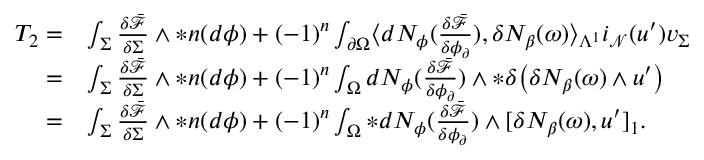
\begin{array} { r l } { T _ { 2 } = } & { \int _ { \Sigma } \frac { \delta \bar { \mathcal { F } } } { \delta \Sigma } \wedge \ast \boldsymbol { n } ( d \phi ) + ( - 1 ) ^ { n } \int _ { \partial \Omega } \langle d N _ { \phi } ( \frac { \delta \bar { \mathcal { F } } } { \delta \phi _ { \partial } } ) , \delta N _ { \beta } ( \omega ) \rangle _ { \Lambda ^ { 1 } } i _ { \mathcal { N } } ( u ^ { \prime } ) v _ { \Sigma } } \\ { = } & { \int _ { \Sigma } \frac { \delta \bar { \mathcal { F } } } { \delta \Sigma } \wedge \ast \boldsymbol { n } ( d \phi ) + ( - 1 ) ^ { n } \int _ { \Omega } d N _ { \phi } ( \frac { \delta \bar { \mathcal { F } } } { \delta \phi _ { \partial } } ) \wedge \ast \delta \big ( \delta N _ { \beta } ( \omega ) \wedge u ^ { \prime } \big ) } \\ { = } & { \int _ { \Sigma } \frac { \delta \bar { \mathcal { F } } } { \delta \Sigma } \wedge \ast \boldsymbol { n } ( d \phi ) + ( - 1 ) ^ { n } \int _ { \Omega } \ast d N _ { \phi } ( \frac { \delta \bar { \mathcal { F } } } { \delta \phi _ { \partial } } ) \wedge [ \delta N _ { \beta } ( \omega ) , u ^ { \prime } ] _ { 1 } . } \end{array}